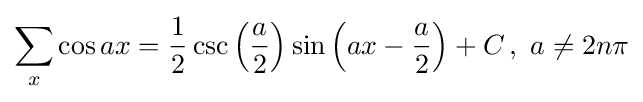
\sum _{x}\cos ax={\frac {1}{2}}\csc \left({\frac {a}{2}}\right)\sin \left(ax-{\frac {a}{2}}\right)+C\,,\,\,a\neq 2n\pi